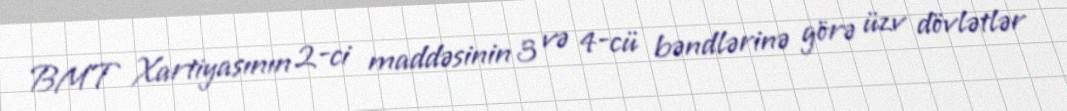
BMT Xartiyasının 2-ci maddəsinin 3 və 4-cü bəndlərinə görə üzv dövlətlər